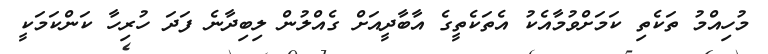
މުހިއްމު ތަކެތި ކަމަށްވުމާއެކު އެތަކެތީގެ އާބާދީއަށް ގެއްލުން ލިބިދާނެ ފަދަ ހުރިހާ ކަންކަމަކީ